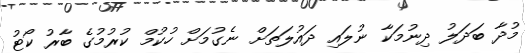
މުދާ ބަދަލު ދިނުމަކާ ނުލައި ދައުލަތަށް ނެގުމަށް ހުކުމް ކުރުމުގެ ބާރު ކޯޓު